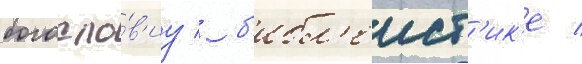
богосло́в'иу / б'ибл'еист'ик'е /